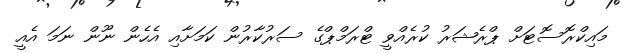
މައިކްރޮސޮޓަށް ޕްރެޝަރު ކުރެއްވީ ޓްރަމްޕްގެ ސަރުކާރުން ކަމަށާއި އެހެން ނޫން ނަމަ އެއީ